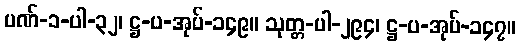
ပဏ်-၁-ပါ-၃၂၊ ဋ္ဌ-ပ-အုပ်-၁၄၉။ သုတ္တ-ပါ-၂၉၄၊ ဋ္ဌ-ပ-အုပ်-၁၄၇။